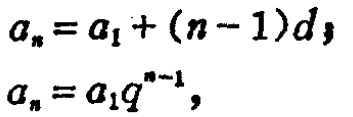
\[
a_{n}=a_{1}+(n - 1)d,\\
a_{n}=a_{1}q^{n - 1},
\]